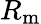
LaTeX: R_{\mathrm{m}}